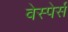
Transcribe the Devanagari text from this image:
वेस्पेर्स